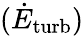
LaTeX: (\dot{E}_{\mathrm{turb}})